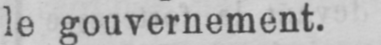
le gouvernement.